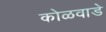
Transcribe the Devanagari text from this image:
कोळवाडे